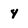
Character: Y